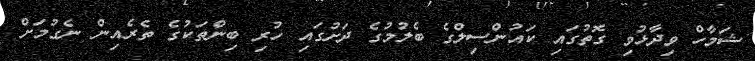
ޝަމާހް ވިދާޅުވި ގޮތުގައި ކައުންސިލްގެ ބެލުމުގެ ދަށުގައި ހުރި ބިންތަކުގެ ތެރެއިން ނެގުމަށް